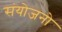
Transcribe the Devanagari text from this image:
संयोजनो